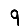
Digit: 9